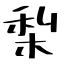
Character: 梨